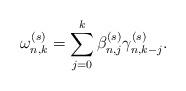
LaTeX: \begin{align*}\omega_{n,k}^{(s)}=\sum_{j=0}^k\beta_{n,j}^{(s)}\gamma_{n,k-j}^{(s)}.\end{align*}